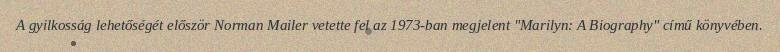
A gyilkosság lehetőségét először Norman Mailer vetette fel az 1973-ban megjelent "Marilyn: A Biography" című könyvében.